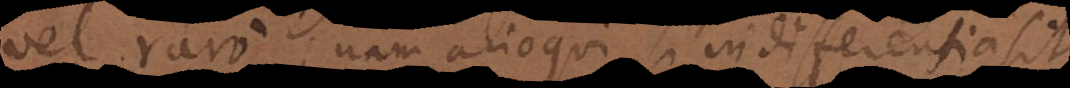
vel raro; nam alioqui si indifferens sit